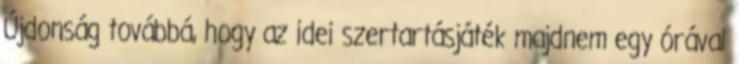
Újdonság továbbá, hogy az idei szertartásjáték majdnem egy órával